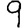
Digit: 9